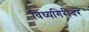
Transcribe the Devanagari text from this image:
विंध्यगिरीवर